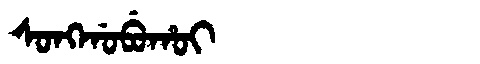
Manchu: ᠰᠣᠩᡤᠣᠪᡠᡥᠣᡳ
Romanization: SONGGOBUHOI